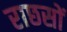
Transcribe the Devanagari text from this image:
राछसों